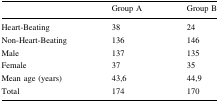
<table><thead><tr><td></td><td><b>Group A</b></td><td><b>Group B</b></td></tr></thead><tbody><tr><td>Heart-Beating</td><td>38</td><td>24</td></tr><tr><td>Non-Heart-Beating</td><td>136</td><td>146</td></tr><tr><td>Male</td><td>137</td><td>135</td></tr><tr><td>Female</td><td>37</td><td>35</td></tr><tr><td>Mean age (years)</td><td>43,6</td><td>44,9</td></tr><tr><td>Total</td><td>174</td><td>170</td></tr></tbody></table>